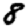
Digit: 8